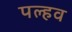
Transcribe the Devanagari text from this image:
पल्हव